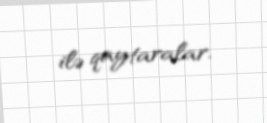
ilə qaytaralar.